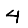
Digit: 4